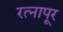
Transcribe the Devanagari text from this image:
रत्‍नापूर